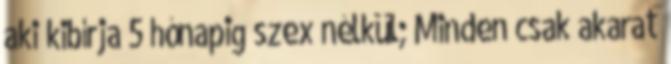
aki kibírja 5 hónapig szex nélkül; Minden csak akarat